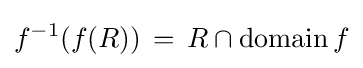
f^{-1}(f(R))\,=\,R\cap \operatorname {domain} f